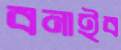
বনাইব